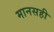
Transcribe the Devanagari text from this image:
मानसही